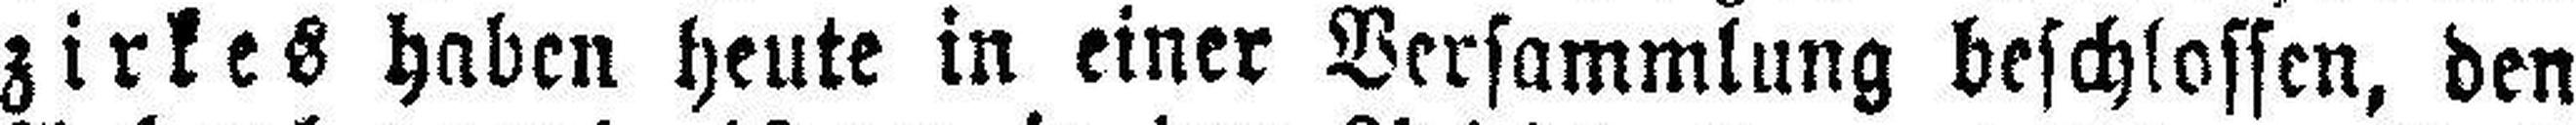
zirkes haben heute in einer Versammlung beschlossen, den